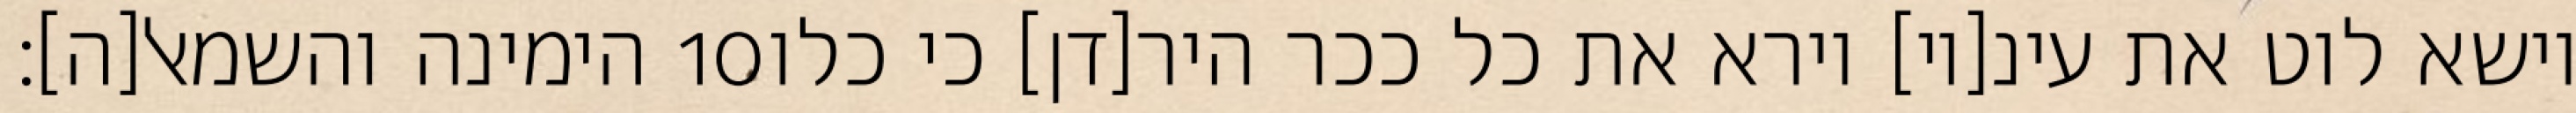
הימינה והשמאל[ה]׃ ‎10‏ וישא לוט את עינ[יו] וירא את כל ככר היר[דן] כי כלו